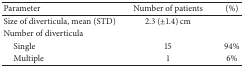
| Parameter | Number of patients | (%) |
 | --- | --- | --- |
 | Size of diverticula, mean (STD) | 2.3 (±1.4) cm |  |
 | Number of diverticula |  |  |
 | Single | 15 | 94% |
 | Multiple | 1 | 6% |